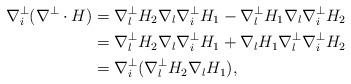
LaTeX: \begin{align*}\nabla_i^\perp(\nabla^\perp\cdot H )&=\nabla_l^\perp H_2 \nabla_l \nabla_i^\perp H_1-\nabla_l^\perp H_1 \nabla_l \nabla_i^\perp H_2 \\&=\nabla_l^\perp H_2 \nabla_l \nabla_i^\perp H_1+\nabla_l H_1 \nabla_l^\perp \nabla_i^\perp H_2 \\&=\nabla_i^\perp(\nabla_l^\perp H_2 \nabla_l H_1),\end{align*}